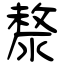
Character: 漦